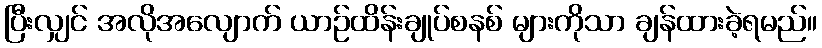
ပြီးလျှင် အလိုအလျောက် ယာဉ်ထိန်းချုပ်စနစ် များကိုသာ ချန်ထားခဲ့ရမည်။